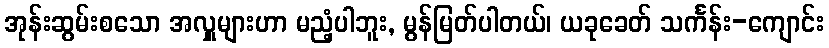
အုန်းဆွမ်းစသော အလှူများဟာ မညံ့ပါဘူး, မွန်မြတ်ပါတယ်၊ ယခုခေတ် သင်္ကန်း-ကျောင်း